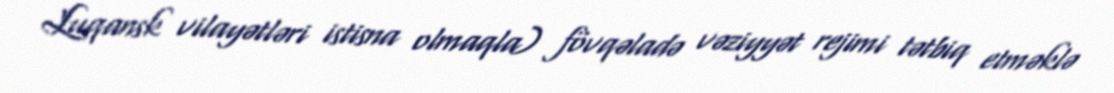
Luqansk vilayətləri istisna olmaqla) fövqəladə vəziyyət rejimi tətbiq etməklə